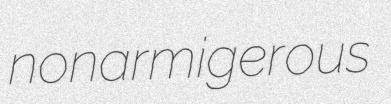
nonarmigerous